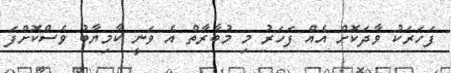
ފަހަރަކު ވާދަކޮށް އެއް ފަހަރު މި މުބާރާތް އެ ވަނީ ކާމިޔާބު ވެސްކޮށްފަ